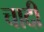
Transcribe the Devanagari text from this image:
चादीं